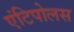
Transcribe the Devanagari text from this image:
एंटिपोलस